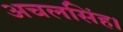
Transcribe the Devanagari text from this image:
अचलसिंह।